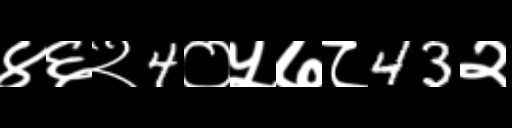
Text: ४६२4०५७८43२